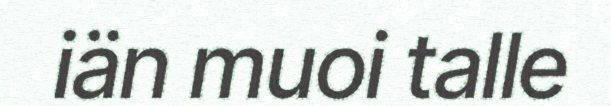
iän muoi talle